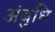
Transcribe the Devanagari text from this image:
अंबुधि